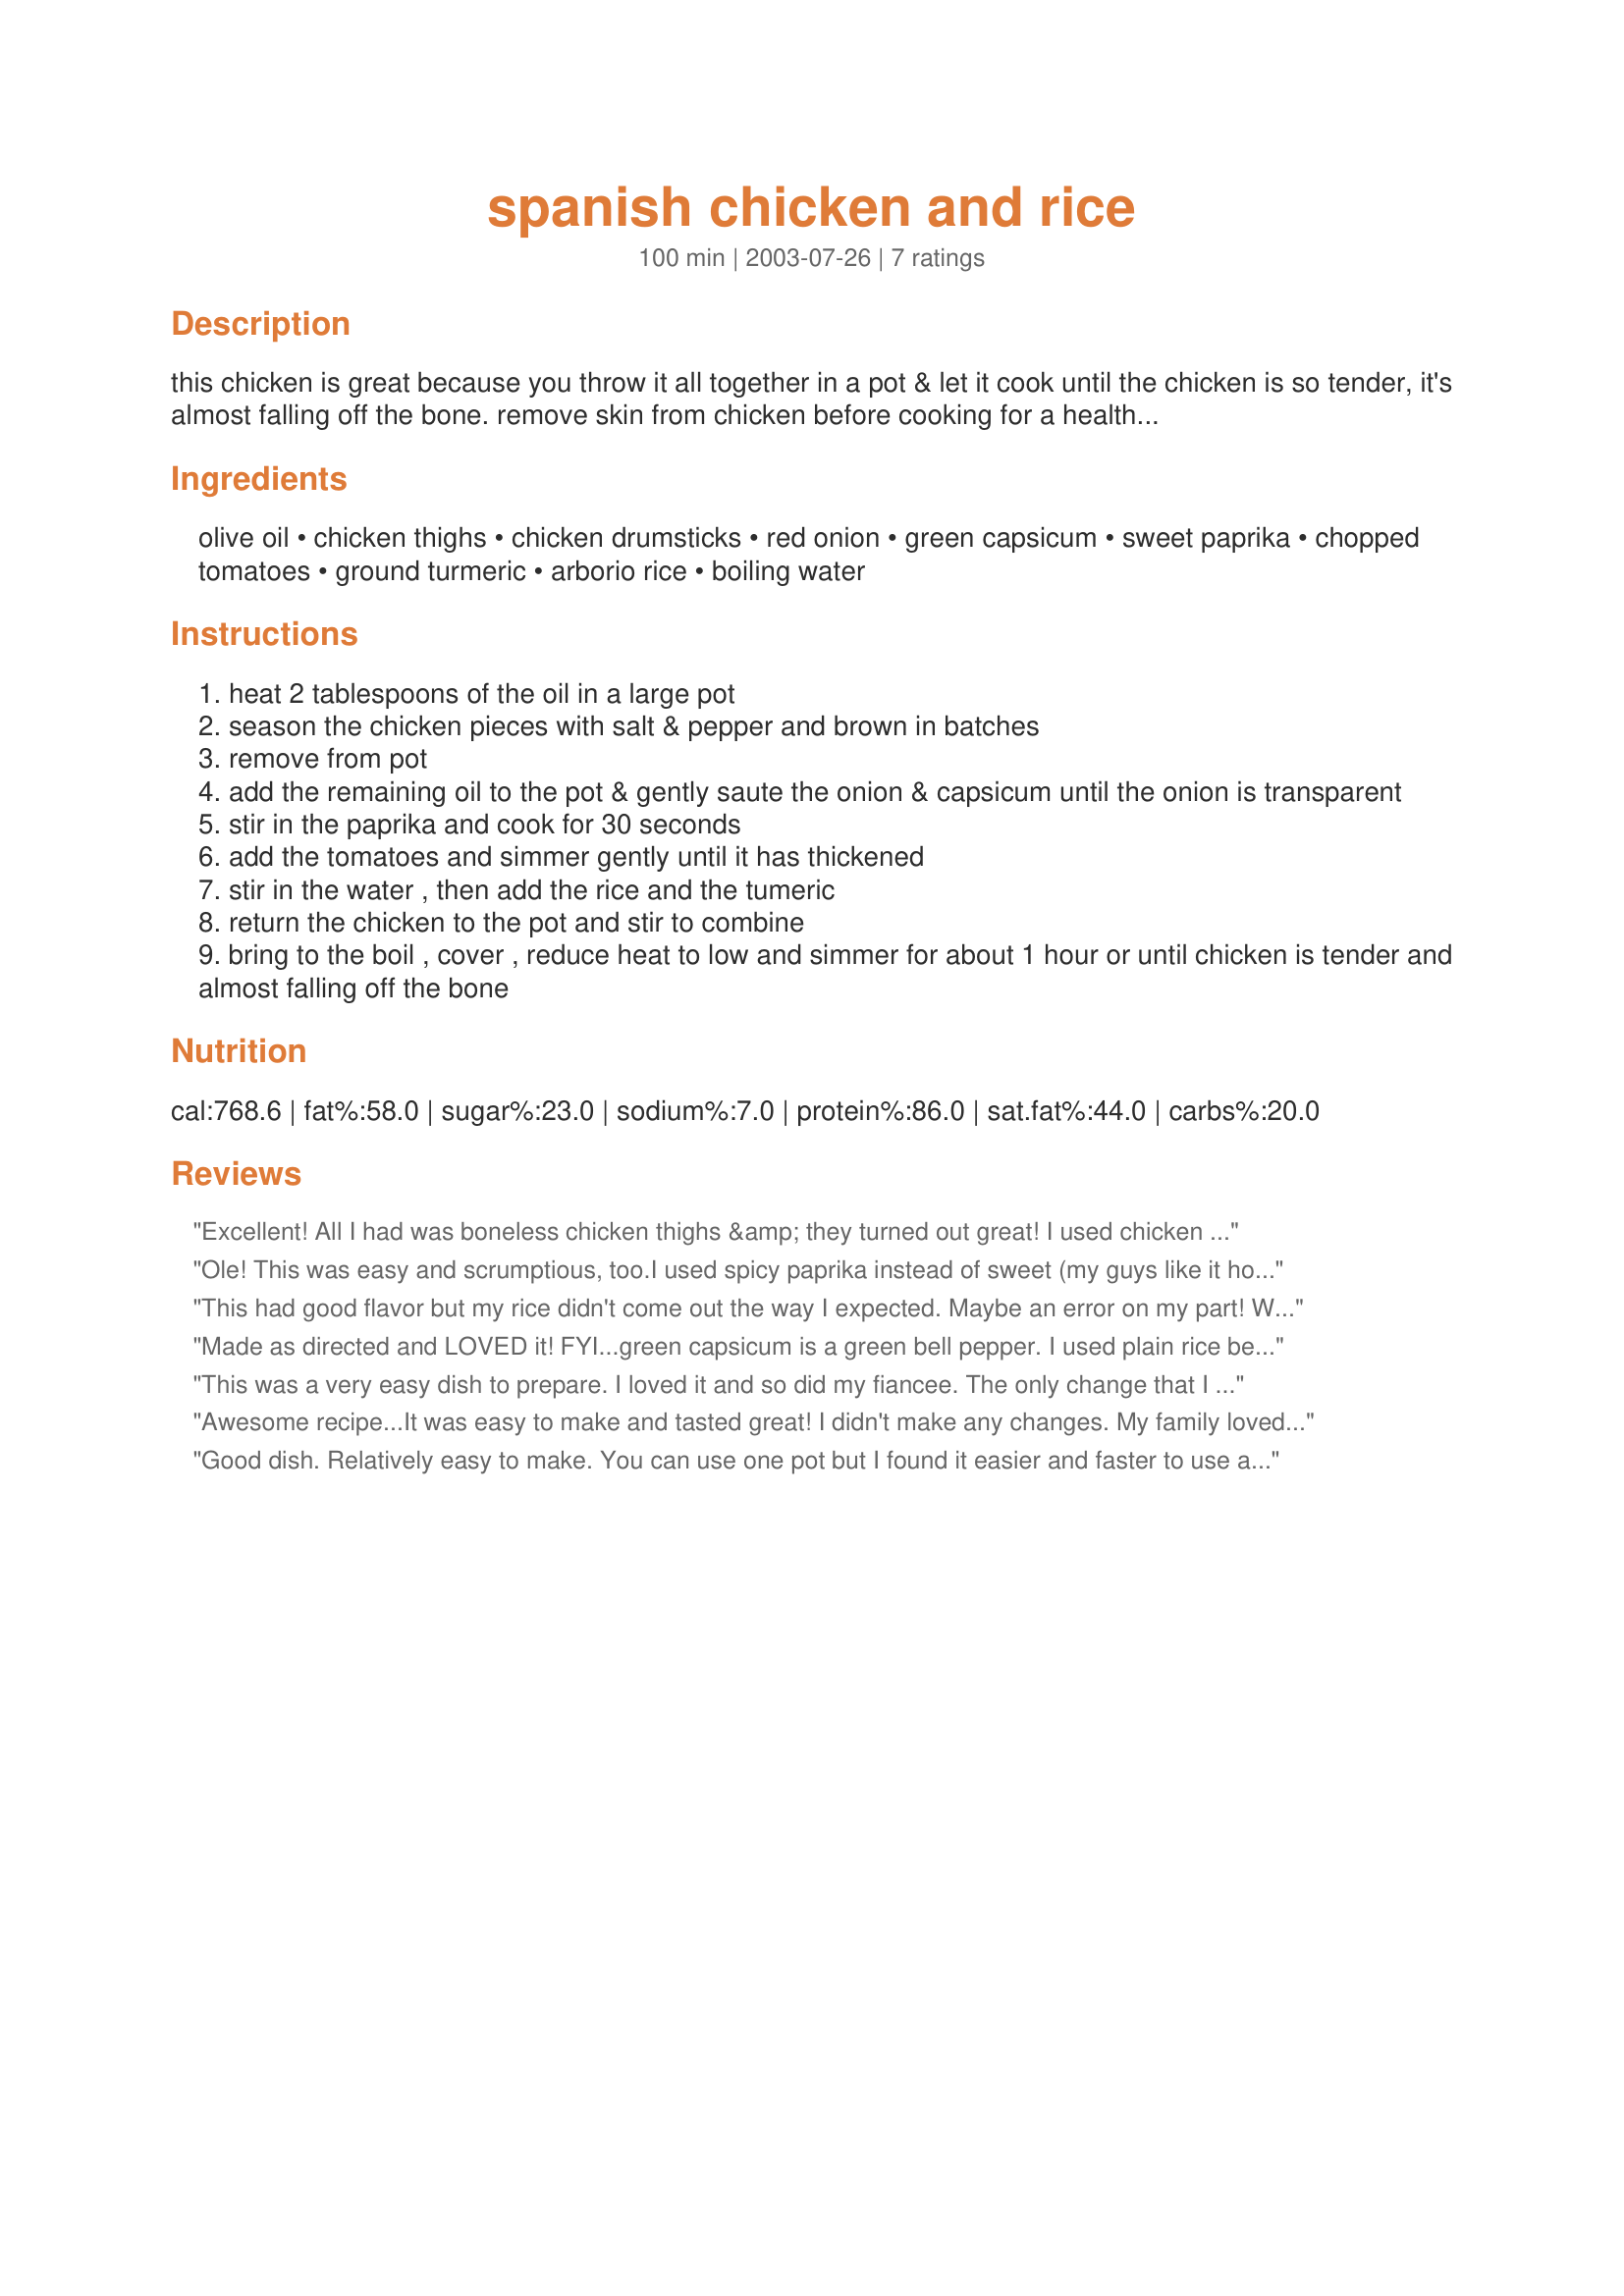
spanish chicken and rice
Preparation time: 100 minutes

this chicken is great because you throw it all together in a pot & let it cook until the chicken is so tender, it's almost falling off the bone. remove skin from chicken before cooking for a healthier dish.

Ingredients:
olive oil, chicken thighs, chicken drumsticks, red onion, green capsicum, sweet paprika, chopped tomatoes, ground turmeric, arborio rice, boiling water

Steps:
heat 2 tablespoons of the oil in a large pot
season the chicken pieces with salt & pepper and brown in batches
remove from pot
add the remaining oil to the pot & gently saute the onion & capsicum until the onion is transparent
stir in the paprika and cook for 30 seconds
add the tomatoes and simmer gently until it has thickened
stir in the water , then add the rice and the tumeric
return the chicken to the pot and stir to combine
bring to the boil , cover , reduce heat to low and simmer for about 1 hour or until chicken is tender and almost falling off the bone

Reviews:
Excellent! All I had was boneless chicken thighs &amp; they turned out great! I used chicken broth in place of water &amp; added some Spanish olives @ the end! Oh this recipe is so good&#039;
Ole! This was easy and scrumptious, too.I used spicy paprika instead of sweet (my guys like it hot), and it was delicious. I am still basking in the praise. Many thanks.
This had good flavor but my rice didn't come out the way I expected. Maybe an error on my part! Will try again in the future!
Made as directed and LOVED it! FYI...green capsicum is a green bell pepper. I used plain rice because I didn't have arborio or paella rice and it came out a little softer than I liked. But everyone thought it was delish!
This was a very easy dish to prepare. I loved it and so did my fiancee. The only change that I would make (and did) is right at the simmer stage I chopped up some garlic and wished I added a smidge of hot sauce. Also, I did have sweet paprika, and used Emril's southwest essense, which I highly reccommend. All in all a great dish.
Awesome recipe...It was easy to make and tasted great! I didn't make any changes. My family loved it.
Good dish. Relatively easy to make. You can use one pot but I found it easier and faster to use a separate frying pan. I don't know what a green capiscum is supposed to be. So I put in a green bell pepper.
